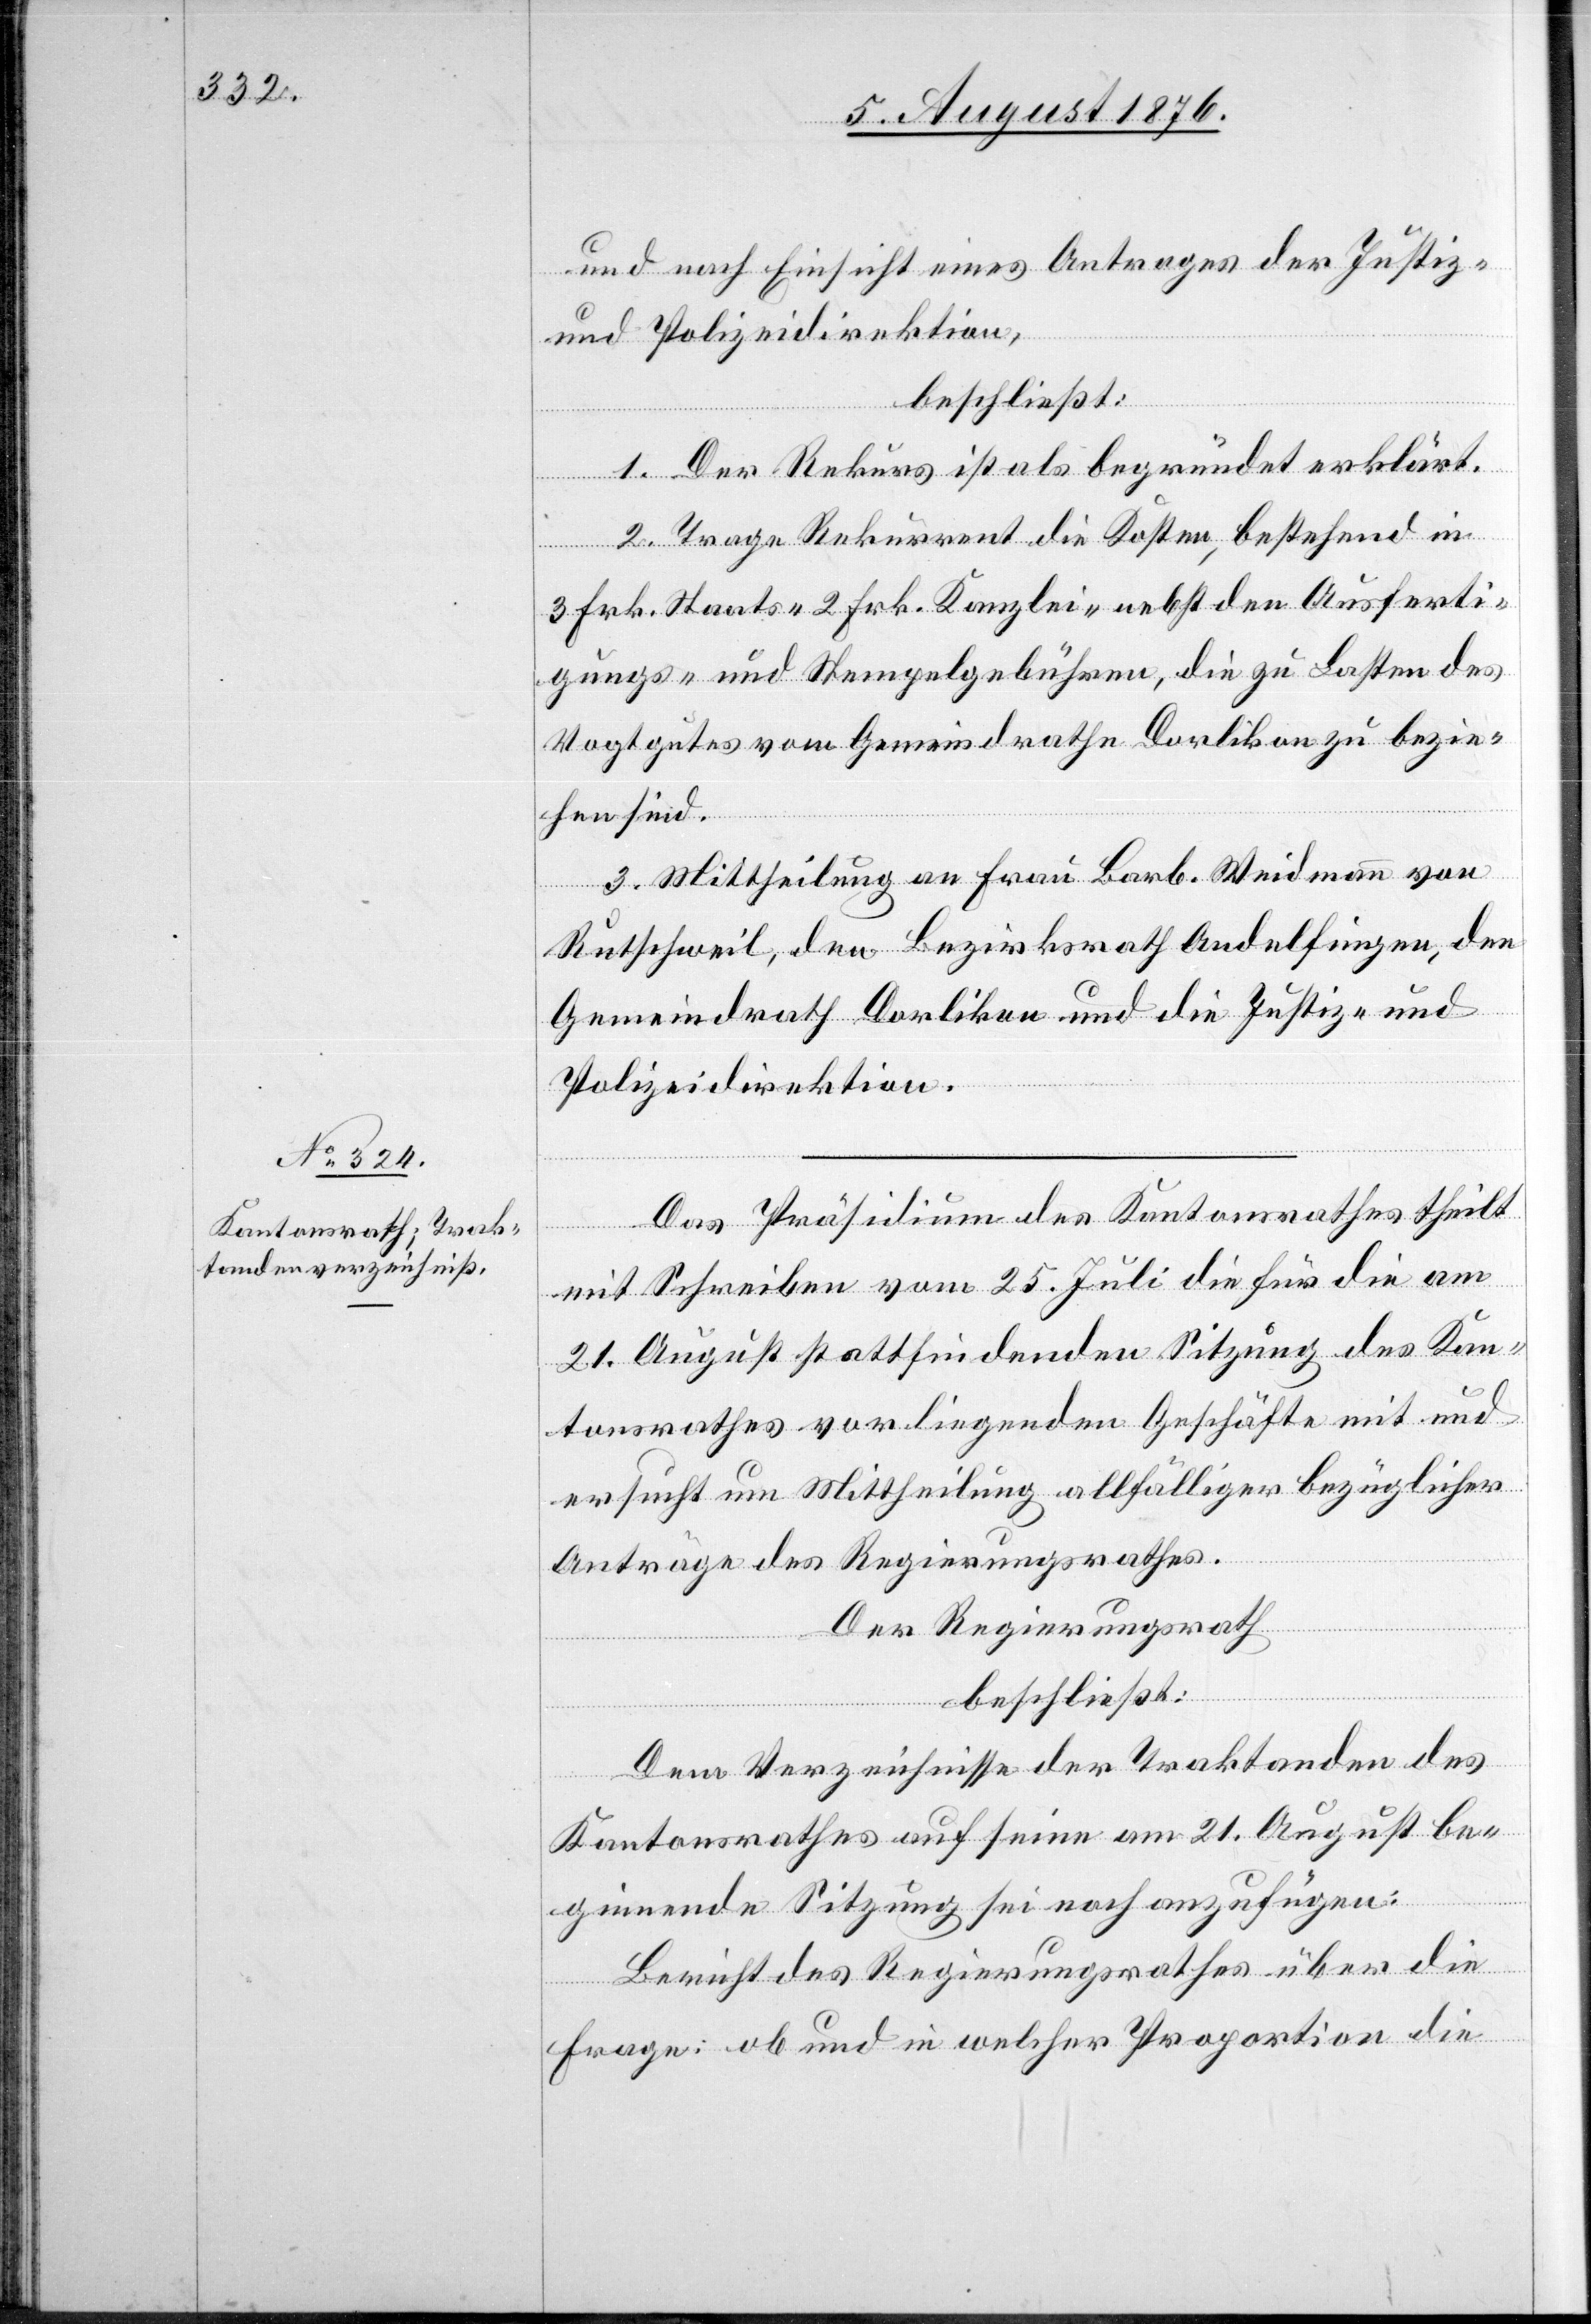
und nach Einsicht eines Antrages der Justiz-
und Polizeidirektion,
beschließt:
1. Der Rekurs ist als begründet erklärt.
2. Trage Rekurrent die Kosten, bestehend in
3 Frk. Staats- 2 Frk. Kanzlei- nebst den Ausferti¬
gungs- und Stempelgebühren, die zu Lasten des
Vogtgutes vom Gemeindrathe Dorlikon zu bezie¬
hen sind.
3. Mittheilung an Frau Barb. Weidmann von
Rutschweil, den Bezirksrath Andelfingen, den
Gemeindrath Dorlikon und die Justiz- und
Polizeidirektion.
Das Präsidium des Kantonsrathes theilt
mit Schreiben vom 25. Juli die für die am
21. August stattfindenden Sitzung des Kan¬
tonsrathes vorliegenden Geschäfte mit und
ersucht um Mittheilung allfälliger bezüglicher
Anträge des Regierungsrathes.
Der Regierungsrath
beschließt:
Dem Verzeichnisse der Traktanden des
Kantonsrathes auf seine am 21. August be¬
ginnende Sitzung sei noch anzufügen:
Bericht des Regierungsrathes über die
Frage: ob und in welcher Proportion die